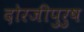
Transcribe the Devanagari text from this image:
दोरजीपुरुष